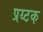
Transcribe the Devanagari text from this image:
प्रय्टक